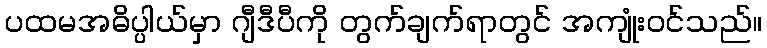
ပထမအဓိပ္ပါယ်မှာ ဂျီဒီပီကို တွက်ချက်ရာတွင် အကျုံးဝင်သည်။